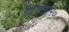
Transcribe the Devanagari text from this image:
थिएटर२०